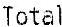
TOTAL